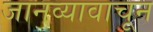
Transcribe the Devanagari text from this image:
जानव्यावाचून